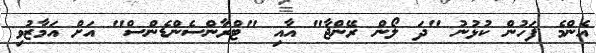
އެންމެ ފަހުން ކުޅުނު "ދަ ލޯން ރޭންޖާ" އާއި "ޓްރާންސެންޑެންސް" އަށް އަމާޒުވި